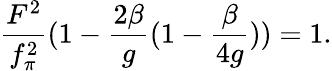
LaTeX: \frac{F^{2}}{f_{\pi}^{2}}(1-\frac{2\beta}{g}(1-\frac{\beta}{4g}))=1.